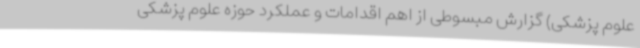
علوم پزشکی) گزارش مبسوطی از اهم اقدامات و عملکرد حوزه علوم پزشکی